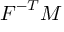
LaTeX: { \boldsymbol { F } } ^ { - T } { \boldsymbol { M } }